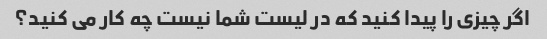
اگر چیزی را پیدا کنید که در لیست شما نیست چه کار می کنید؟